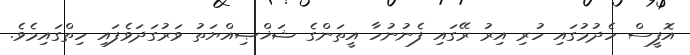
އޮފީސް ހެދުމުގައި ހުރި އިރު ރޭގައި ފެނުނުހާ އީތަންގެ ޝަޚްޞިއްޔަތު ވަރުގަދަވެފައި ހިތްގައިމެވެ.